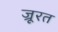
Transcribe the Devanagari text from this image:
ज्रूरत